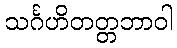
သင်္ဂဟိတတ္တဘာဝါ